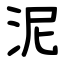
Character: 泥